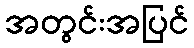
အတွင်းအပြင်